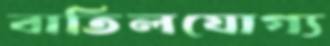
বাতিলযোগ্য